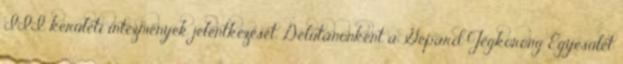
III. kerületi intézmények jelentkezését. Délutánonként a Gepárd Jégkorong Egyesület